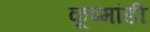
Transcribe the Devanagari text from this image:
कूष्मांडी